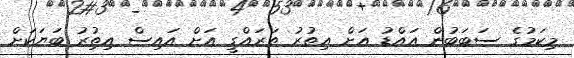
މިކަމުގެ ސަބަބުން އައްޑު އަށް އިތުރު ތަރައްގީ އަށް އައިސް އިތުިރު ބަޔަކަށް